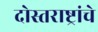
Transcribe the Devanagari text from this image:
दोस्तराष्ट्रांचे